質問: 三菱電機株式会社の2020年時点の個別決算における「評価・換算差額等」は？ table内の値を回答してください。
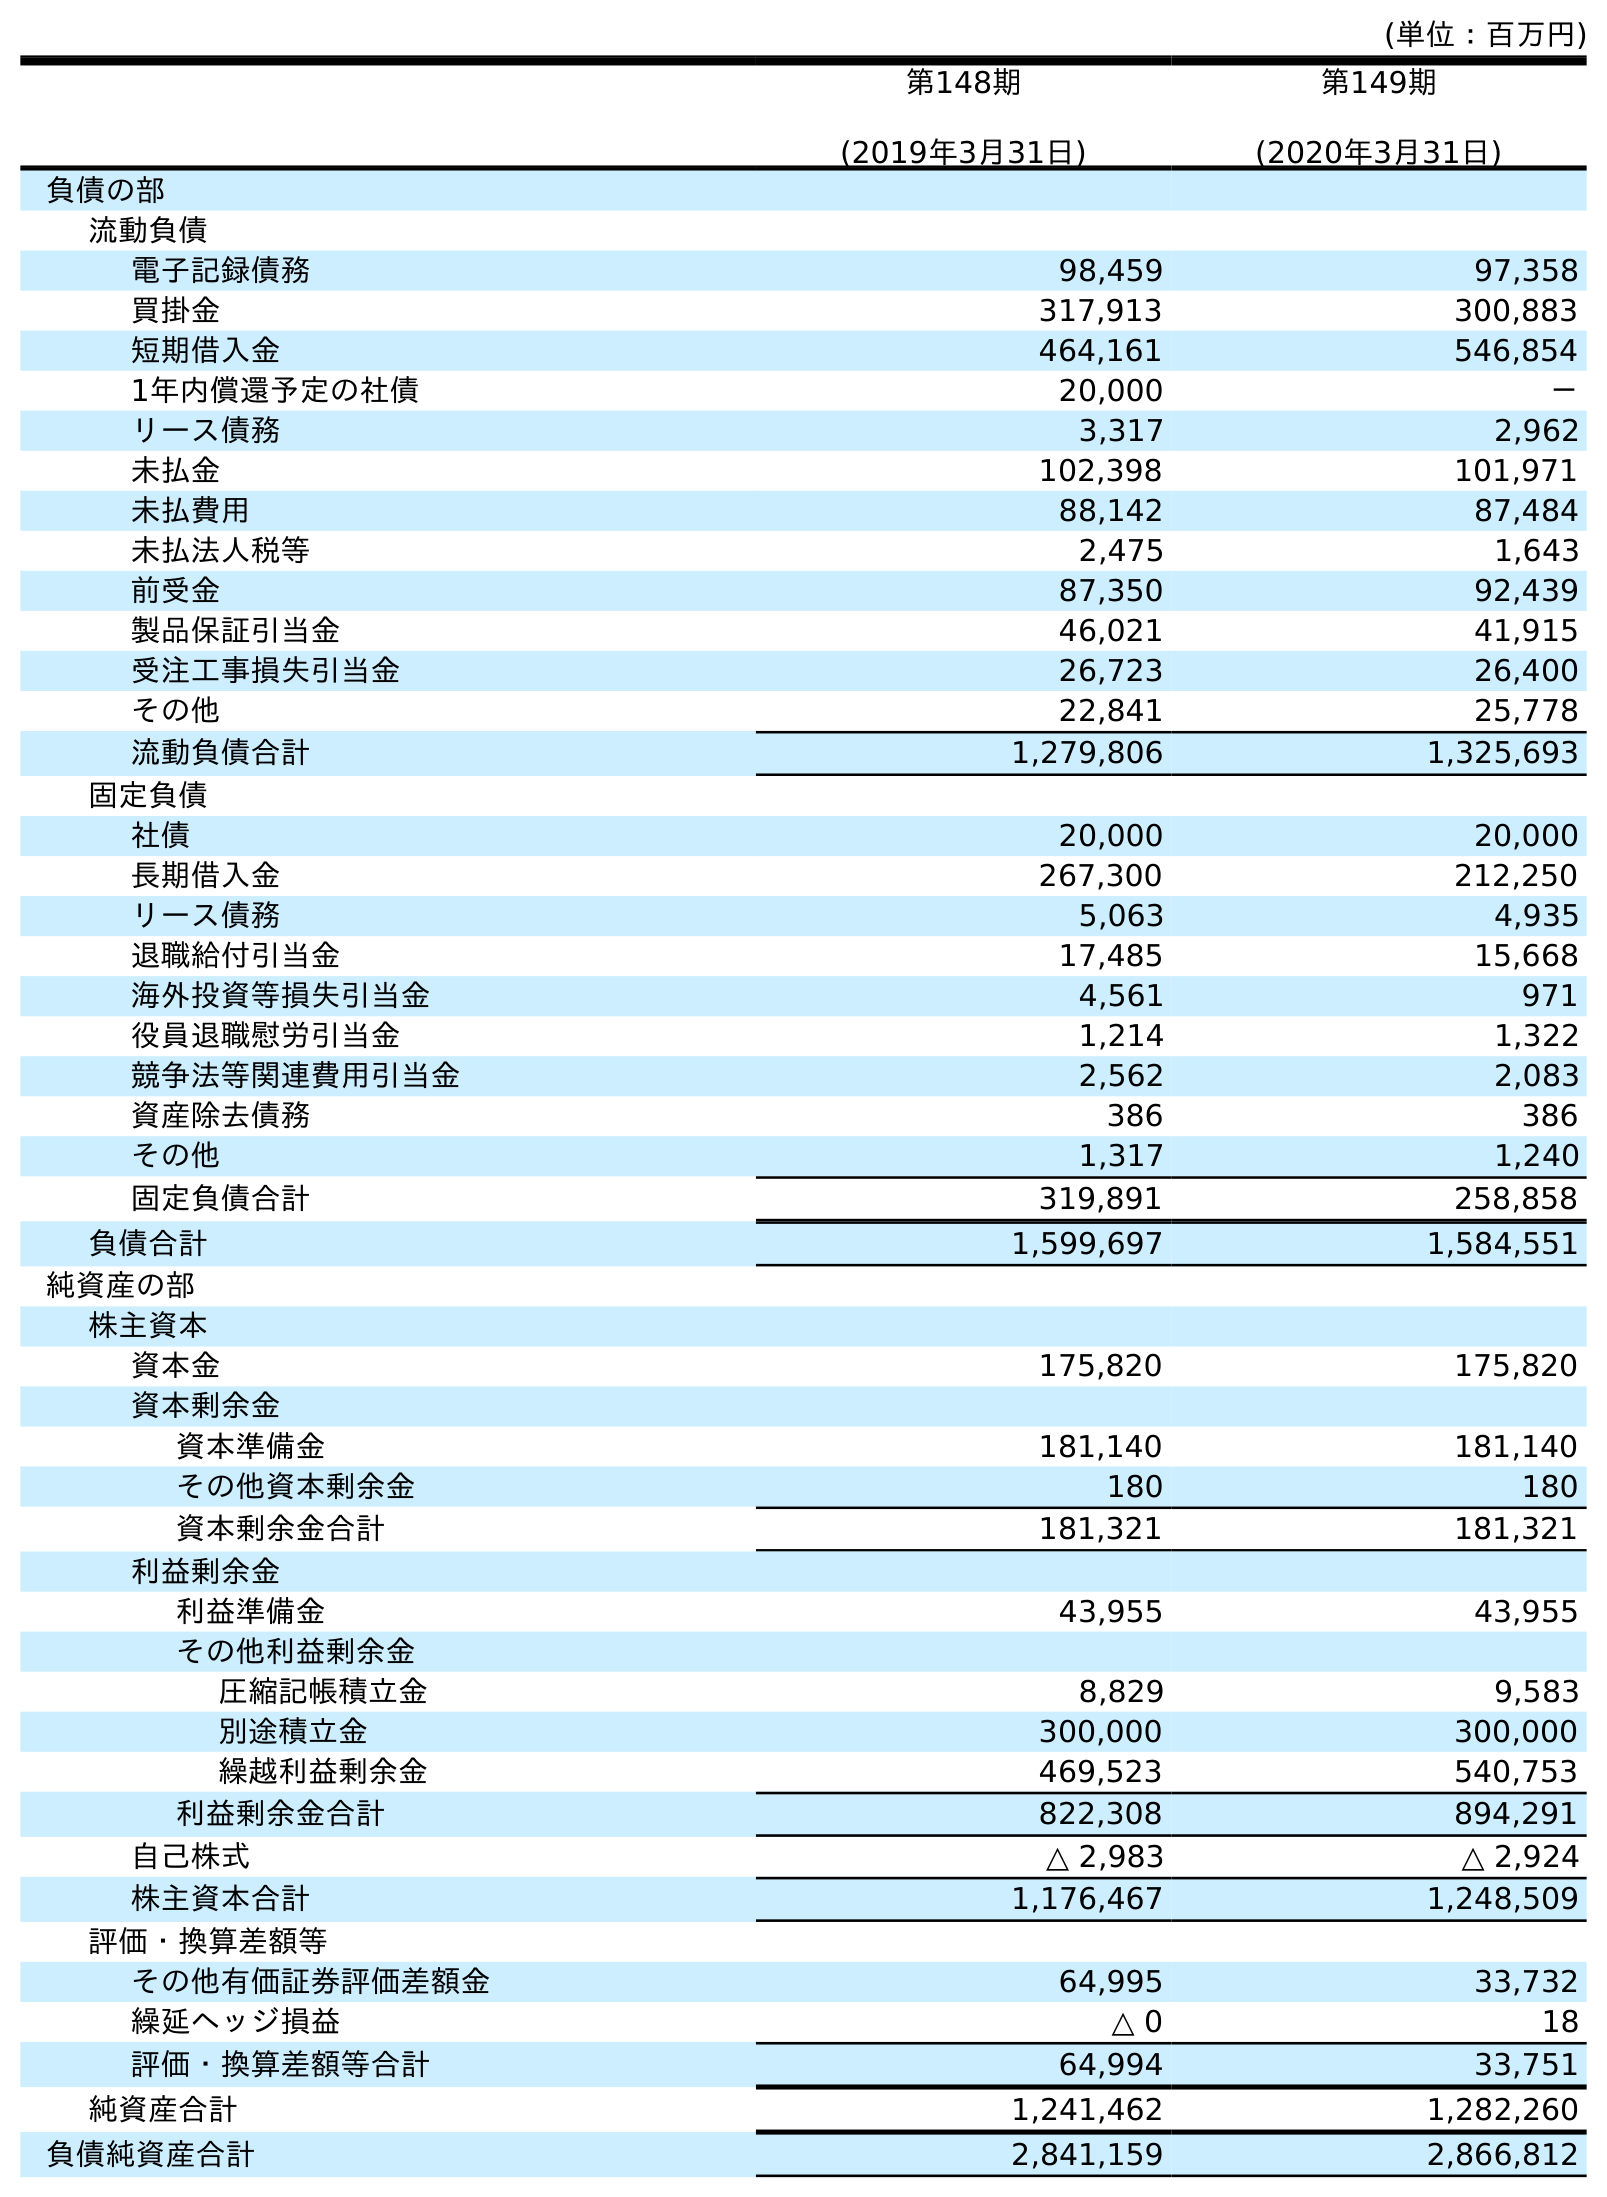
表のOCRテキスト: (単位：百万円) 第148期 (2019年3月31日) 第149期 (2020年3月31日) 負債の部 流動負債 電子記録債務 98,459 97,358 買掛金 317,913 300,883 短期借入金 464,161 546,854 1年内償還予定の社債 20,000 － リース債務 3,317 2,962 未払金 102,398 101,971 未払費用 88,142 87,484 未払法人税等 2,475 1,643 前受金 87,350 92,439 製品保証引当金 46,021 41,915 受注工事損失引当金 26,723 26,400 その他 22,841 25,778 流動負債合計 1,279,806 1,325,693 固定負債 社債 20,000 20,000 長期借入金 267,300 212,250 リース債務 5,063 4,935 退職給付引当金 17,485 15,668 海外投資等損失引当金 4,561 971 役員退職慰労引当金 1,214 1,322 競争法等関連費用引当金 2,562 2,083 資産除去債務 386 386 その他 1,317 1,240 固定負債合計 319,891 258,858 負債合計 1,599,697 1,584,551 純資産の部 株主資本 資本金 175,820 175,820 資本剰余金 資本準備金 181,140 181,140 その他資本剰余金 180 180 資本剰余金合計 181,321 181,321 利益剰余金 利益準備金 43,955 43,955 その他利益剰余金 圧縮記帳積立金 8,829 9,583 別途積立金 300,000 300,000 繰越利益剰余金 469,523 540,753 利益剰余金合計 822,308 894,291 自己株式 △ 2,983 △ 2,924 株主資本合計 1,176,467 1,248,509 評価・換算差額等 その他有価証券評価差額金 64,995 33,732 繰延ヘッジ損益 △ 0 18 評価・換算差額等合計 64,994 33,751 純資産合計 1,241,462 1,282,260 負債純資産合計 2,841,159 2,866,812
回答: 33,751